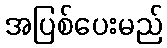
အပြစ်ပေးမည်